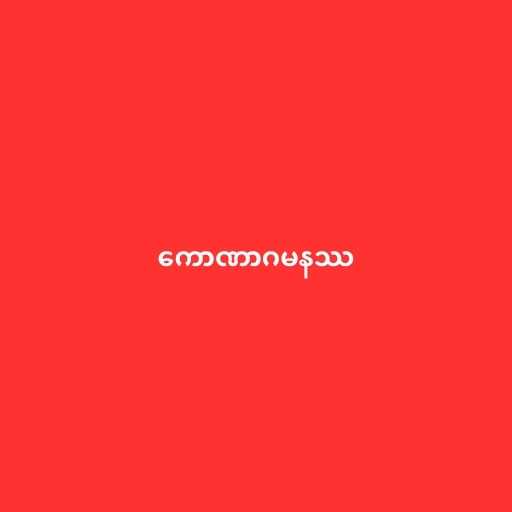
ကောဏာဂမနဿ